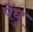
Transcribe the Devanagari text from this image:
पेंघु